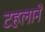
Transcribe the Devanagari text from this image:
टहलाने